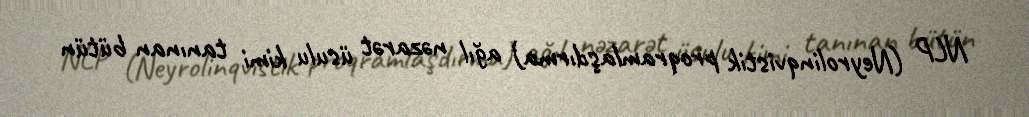
NLP (Neyrolinqvistik proqramlaşdırma) ağıl nəzarət üsulu kimi tanınan bütün